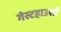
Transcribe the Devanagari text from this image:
गेस्टहाउसों